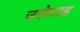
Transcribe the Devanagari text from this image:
उसेयाह